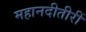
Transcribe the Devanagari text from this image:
महानदीतीरीं